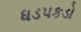
ધડપકડો